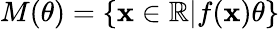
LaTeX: M(\theta)=\{ \mathbf{x}\in\mathbb{{R}}|f(\mathbf{x})\le\theta\}